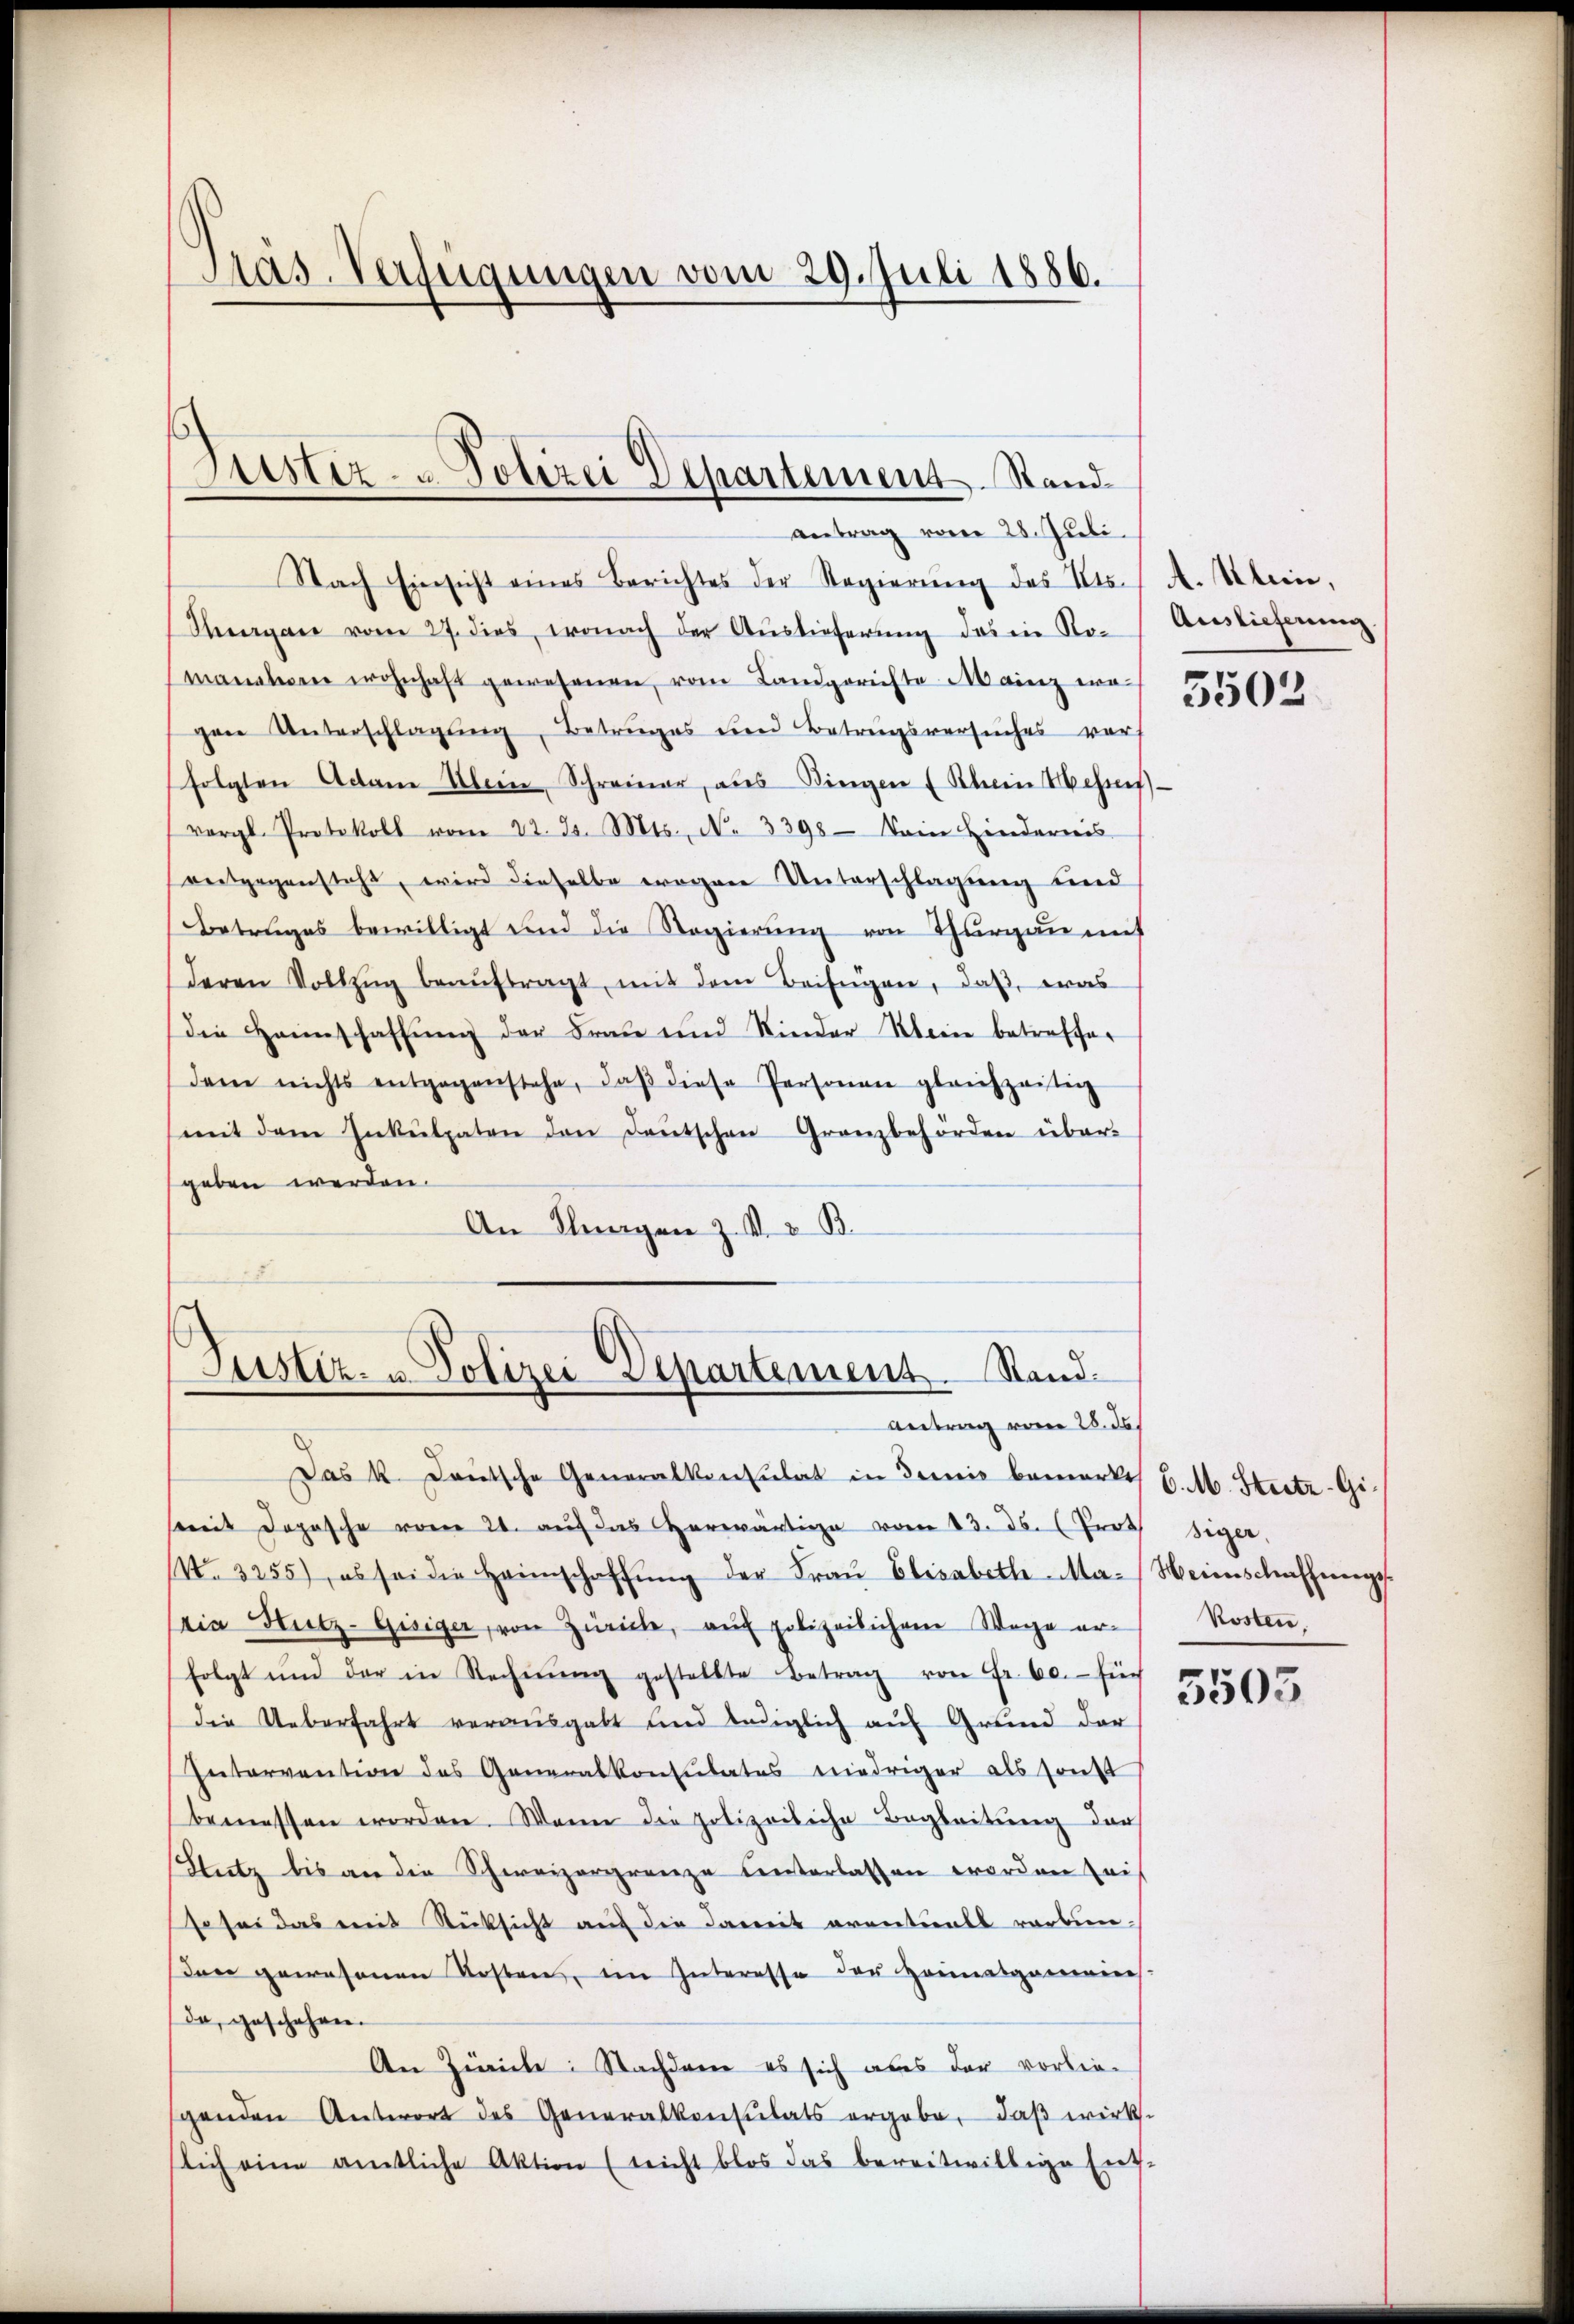
Präs. Verfügungen vom 29. Juli 1886.

Nach Einsicht eines Berichtes der Regierung des Kts. A. Klein,
Hergan vom 27. dies, wonach der Aŭslieferŭng des in Ro- Auslieferung
manaturen wohnhaft gewesenen vom Landgerichte Mainz wagen Unterschlagung, Betruges und Betragsversuches vors
(folgten Adam Klein, Schreiner, aus Dingen (Rhein Wehren
vergl. Protokoll vom 22. Js. Mts., N. 3398. Dein Hindernis
eertgegensteht, wird dieselbe wegen Unterschlagung und
Betrages bewilligt und die Regierŭng von Thurgau mit
deren Vollzŭg beaŭftragt, mit dem Beifügen, daβ, was
die Heimschaffŭng der Frau und Kinder Klein betreffer
dem nichts entgegenstehe, daβ diese Personen gleichzeitig
(mit dem Inkulpaten den deŭtschen Granzbehörden über-
geben werden.
An Klagen z. M. v. B.
4

Justiz- & Polizei Departement. Stand
antrag vom 28. Juli.

Justiz- u. Polizei Departement. Stand.
Antrag vom 28. ds.

Das k. Deutsche Generalkonsulat in demie bemerkt, C. M. Steetz-Gisomit Dopasche vom 21. auf das herwärtige vom 13. ds. (Gras siger,
NNo. 3255), es sei die Heimschaffŭng der Fraŭ Elisabeth-Ma-Weinschaffeegs
ria Hutz-Gisiger, von Zürich, auf polizeilichem Wege erfolgt und der in Rechnŭng gestellte Betrag von Fr. 60. für
die Ueberfahrt vorausgabt und lediglich auf Grund der
Intervention des Generalkonsulates niedriger als sonst
bemessen worden. Wann die polizeiliche Begleitŭng der
Sutz bis an die Schweizergrenze unterlassen worden auf
so sei das mit Rücksicht auf die damit eventuell rarben.
dar gewesenen Kosten, im Interesse der Heimatgemeins.
da, geschehen.
An Zürich: Nachdem es sich aber der vorliegenden Antwort des Generalkonsulats ergabe, daβ wirks-
lich eine amtliche Aktion (reicht blos das bereitwillige Ent-

5502

Kosten,
5503